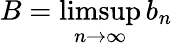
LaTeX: B=\operatorname*{limsup}_{n\to\infty}b_{n}